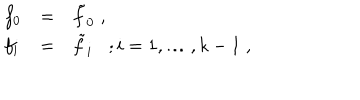
\begin{array} { l l l } { { f _ { 0 } } } & { { = } } & { { \tilde { f } _ { 0 } \; , } } \\ { { f _ { i } } } & { { = } } & { { \tilde { f } _ { i } ; i = 1 , \ldots , k - 1 \; , } } \\ \end{array}